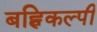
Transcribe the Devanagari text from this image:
बह्विकल्पी